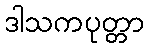
ဒါသကပုတ္တာ